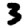
Digit: 3